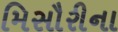
મિસૌરીના